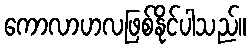
ကောလာဟလဖြစ်နိုင်ပါသည်။